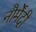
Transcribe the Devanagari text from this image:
नौर्मेंदी